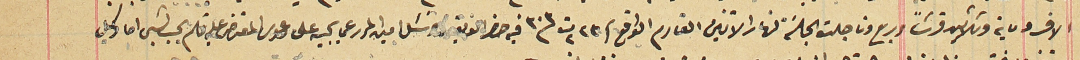
الاف وماية وثلاثين قرشاً وربع وتاجلت الجلسَة لنهار الاثنين القادم الواقع  فى ٢٢ ت٢ ٣٠٣ فيه حضر الفريقين وسئل امين  المحرر عما يجيبه على دعوى المعترض عليه فلم يجيب بشى اما وكيل